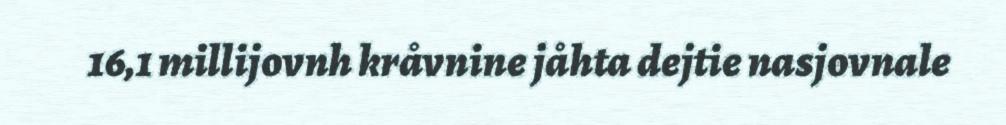
16,1 millijovnh kråvnine jåhta dejtie nasjovnale